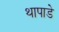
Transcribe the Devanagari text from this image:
थापाडे